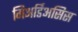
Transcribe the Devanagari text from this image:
गिअर्डिअसिस